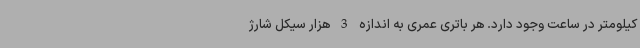
کیلومتر در ساعت وجود دارد. هر باتری عمری به اندازه 3 هزار سیکل شارژ